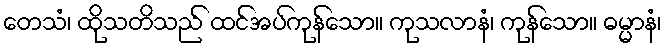
တေသံ၊ ထိုသတိသည် ထင်အပ်ကုန်သော။ ကုသလာနံ၊ ကုန်သော။ ဓမ္မာနံ၊